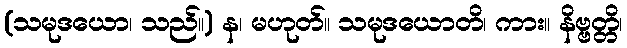
(သမုဒယော၊ သည်။) န၊ မဟုတ်။ သမုဒယောတိ၊ ကား။ နိဗ္ဗတ္တိ၊